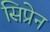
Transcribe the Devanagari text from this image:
सिप्रेन